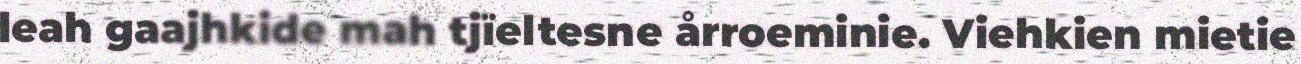
leah gaajhkide mah tjïeltesne årroeminie. Viehkien mietie